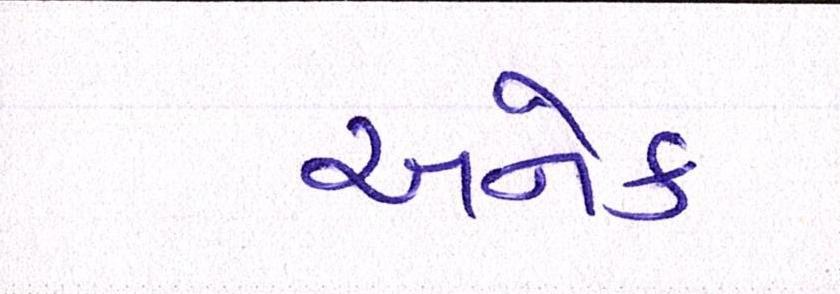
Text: અનેક